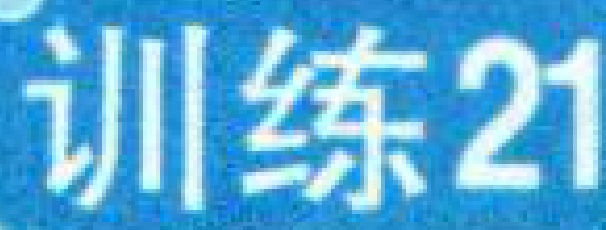
训练21